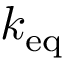
k _ { \mathrm { e q } }